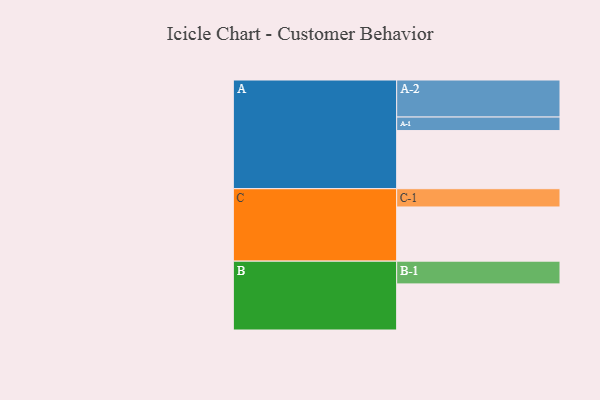
{"axis": {"x": "Segment", "y": "Value"}, "legend": ["", "A", "B", "C"], "data": [{"x": "A", "y": 455, "type": ""}, {"x": "B", "y": 361, "type": ""}, {"x": "C", "y": 424, "type": ""}, {"x": "A-1", "y": 106, "type": "A"}, {"x": "A-2", "y": 290, "type": "A"}, {"x": "B-1", "y": 178, "type": "B"}, {"x": "C-1", "y": 143, "type": "C"}]}